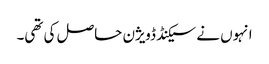
انہوں نے سیکنڈ ڈویژن حاصل کی تھی۔